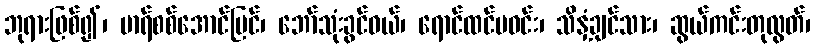
ဘုရားဖြစ်၍၊ မာရ်စစ်အောင်မြင်၊ ဘော်သုံးခွင်ဝယ်၊ ရောင်ထင်ပဝင်း၊ သိနှံ့ချင်သား၊ ဆွယ်ကင်းတုလွတ်၊